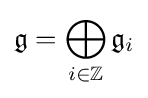
{\mathfrak {g}}=\bigoplus _{i\in {\mathbb {Z} }}{\mathfrak {g}}_{i}